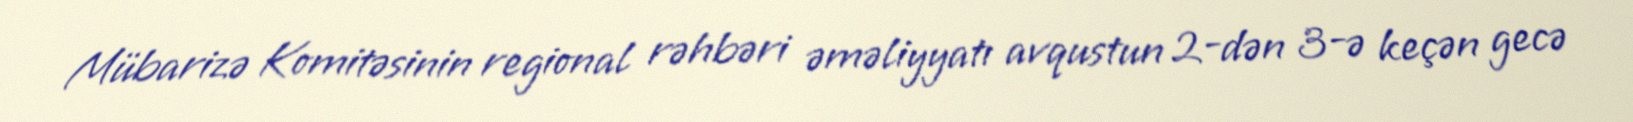
Mübarizə Komitəsinin regional rəhbəri əməliyyatı avqustun 2-dən 3-ə keçən gecə